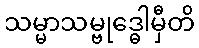
သမ္မာသမ္ဗုဒ္ဓေါမှီတိ